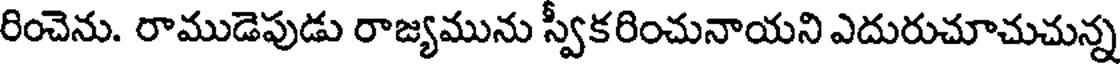
రించెను. రాముడెపుడు రాజ్యమును స్వీకరించునాయని ఎదురుచూచుచున్న